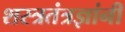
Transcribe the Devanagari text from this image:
शस्त्रतंत्रज्ञांनी